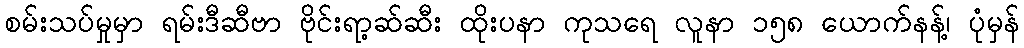
စမ်းသပ်မှုမှာ ရမ်းဒီဆီဗာ ဗိုင်းရာ့ဆ်ဆီး ထိုးပနာ ကုသရေ လူနာ ၁၅၈ ယောက်နန့်၊ ပုံမှန်